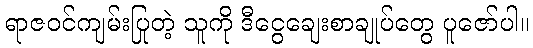
ရာဇဝင်ကျမ်းပြုတဲ့ သူကို ဒီငွေချေးစာချုပ်တွေ ပူဇော်ပါ။